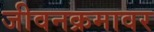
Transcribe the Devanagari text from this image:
जीवनक्रमावर